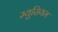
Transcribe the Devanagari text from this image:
म्युसियम